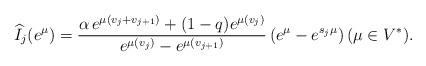
LaTeX: \begin{align*}\widehat{I}_{j}(e^{\mu})=\frac{\alpha \, e^{\mu(v_{j}+v_{j+1})}+(1-q)e^{\mu(v_{j})}}{e^{\mu(v_{j})}-e^{\mu(v_{j+1})}}\left(e^{\mu}-e^{s_{j}\mu}\right) (\mu \in V^{*}). \end{align*}